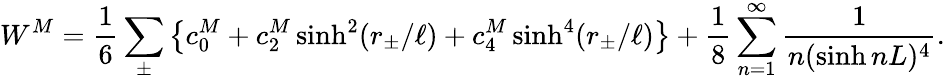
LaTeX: W^{M}=\frac 16\sum_{\pm}\left\{ c_{0}^{M}+c_{2}^{M}\sinh^{2}(r_{\pm}/\ell)+c_{4}^{M}\sinh^{4}(r_{\pm}/\ell)\right\} +\frac{1}{8}\sum_{n=1}^{\infty}\frac{1}{n(\sinh nL)^{4}}.